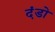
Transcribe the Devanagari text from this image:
दंडो